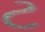
ટ